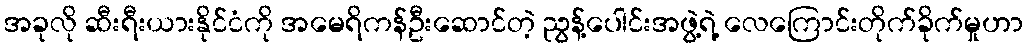
အခုလို ဆီးရီးယားနိုင်ငံကို အမေရိကန်ဦးဆောင်တဲ့ ညွန့်ပေါင်းအဖွဲ့ရဲ့ လေကြောင်းတိုက်ခိုက်မှုဟာ